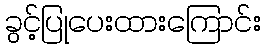
ခွင့်ပြုပေးထားကြောင်း